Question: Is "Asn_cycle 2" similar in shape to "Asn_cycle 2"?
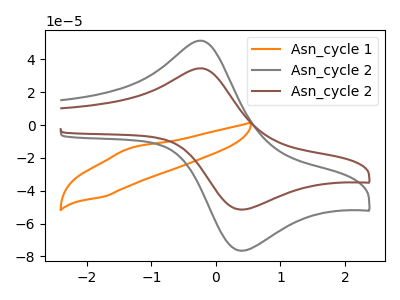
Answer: <think>The orange curve "Asn_cycle 1" has an anodic peak at (-1.35V, -14.35uA) and a cathodic peak at (-1.70V, -43.50uA). The gray curve "Asn_cycle 2" has an anodic peak at (-0.20V, 51.30uA) and a cathodic peak at (0.40V, -76.55uA). The brown curve "Asn_cycle 2" has an anodic peak at (-0.20V, 34.50uA) and a cathodic peak at (0.40V, -51.50uA).
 All the peaks in "Asn_cycle 2" have a peak in "Asn_cycle 2" at the same potential. Every peak in "Asn_cycle 2" is lower than every peak in "Asn_cycle 2".</think>
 <answer>"Asn_cycle 2" and "Asn_cycle 2" are similar in shape.</answer>
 <eval>same_shape</eval>